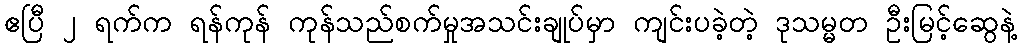
ဧပြီ ၂ ရက်က ရန်ကုန် ကုန်သည်စက်မှုအသင်းချုပ်မှာ ကျင်းပခဲ့တဲ့ ဒုသမ္မတ ဦးမြင့်ဆွေနဲ့